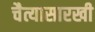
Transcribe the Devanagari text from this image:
चैत्यासारखी